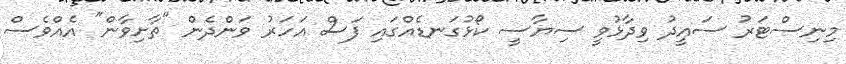
މިނިސްޓަރު ސައީދު ވިދާޅުވީ ސިޔާސީ ކޯޅުގަނޑެއްގައި ފަސް އަހަރު ވަންދެން "ތާށިވާން" އެއްވެސް